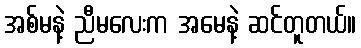
အစ်မနဲ့ ညီမလေးက အမေနဲ့ ဆင်တူတယ်။